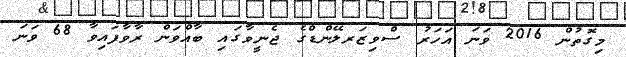
މިގޮތުން 2016 ވަނަ އަހަރު ސްވިޒަރލޭންޑްގެ ޖެނީވާގައި ބާއްވަން ރާވާފައިވާ 68 ވަނަ